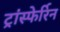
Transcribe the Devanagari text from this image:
ट्रांस्फेर्रिन